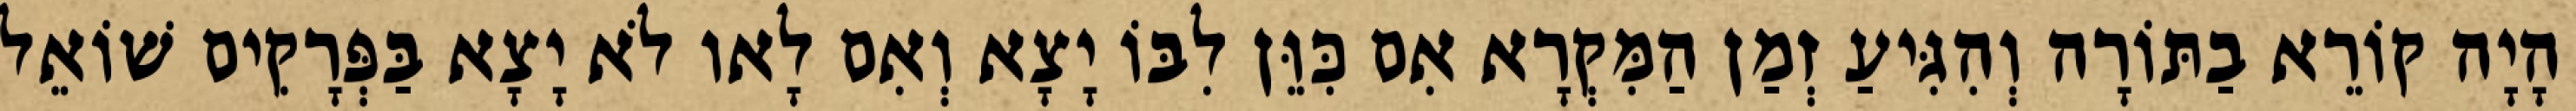
הָיָה קוֹרֵא בַתּוֹרָה וְהִגִּיעַ זְמַן הַמִּקְרָא אִם כִּוֵּן לִבּוֹ יָצָא וְאִם לָאו לֹא יָצָא בַּפְּרָקִים שׁוֹאֵל